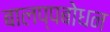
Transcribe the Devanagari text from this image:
बालप्पबोधन